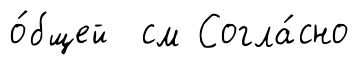
о́бщей см Согла́сно